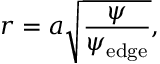
r = a \sqrt { \frac { \psi } { \psi _ { \mathrm { e d g e } } } } ,